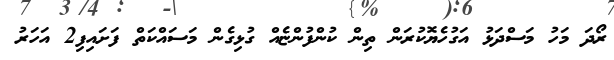
ރޯދަ މަހު މަސްދަޅު އަގުހެޔޮކުރަން ތިން ކުންފުންޏެއް ގުޅިގެން މަސައްކަތް ފަށައިފި2 އަހަރު